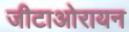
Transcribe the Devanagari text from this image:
जीटाओरायन